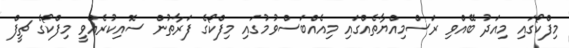
މިފްކޯގައި މިއަދު ބޭއްވި ރަސްމިއްޔާތެއްގައި މިއެއްބަސްވުމުގައި މިފްކޯގެ ފަރާތުން ސޮއިކުރެއްވީ މިފްކޯގެ ޗީފް